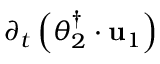
\partial _ { t } \left( \boldsymbol { \theta } _ { 2 } ^ { \dagger } \cdot \mathbf { u } _ { 1 } \right)